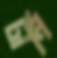
টানি